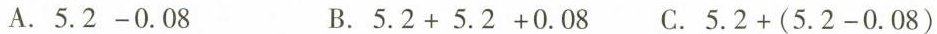
A.$$5.2 - 0.08$$ B.$$5.2 + 5.2 + 0.08$$ C.$$5.2 + (5.2-0.08)$$